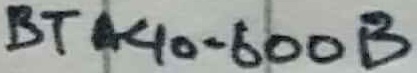
Text: VTA40-600B